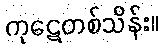
ကုဋေတစ်သိန်း။